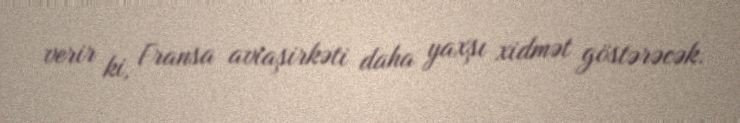
verir ki, Fransa aviaşirkəti daha yaxşı xidmət göstərəcək.